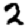
Digit: 2